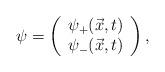
LaTeX: \begin{align*}\psi = \left( \begin{array}{c} {{\psi}_+ ( \vec{x},t)} \\ {{\psi}_- ( \vec{x},t)} \end{array} \right),\end{align*}